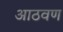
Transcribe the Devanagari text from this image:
अाठवण